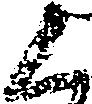
く